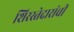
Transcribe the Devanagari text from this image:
शिरस्तेदारांची